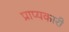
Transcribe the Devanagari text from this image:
प्राप्यकारी